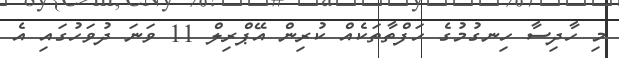
މި ހާދިސާ ހިނގުމުގެ ހަފްތާތަކެއް ކުރިން އޭޕްރިލް 11 ވަނަ ދުވަހުގައި އެ